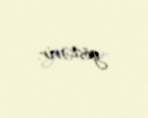
göstərir.